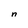
Character: n